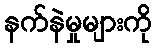
နက်နဲမှုများကို